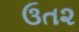
ઉત૨